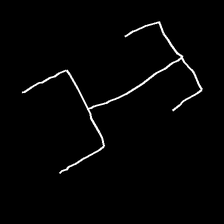
Glyph: entwine